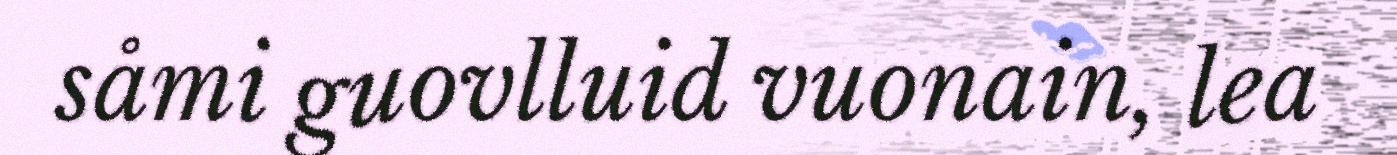
såmi guovlluid vuonain, lea